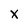
Character: x